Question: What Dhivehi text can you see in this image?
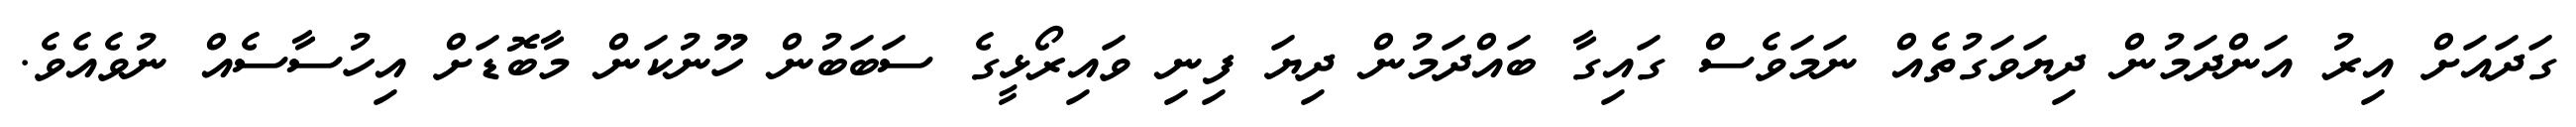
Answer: ގަދައަށް އިރު އަންދަމުން ދިޔަވަގުތެއް ނަމަވެސް ގައިގާ ބައްދަމުން ދިޔަ ފިނި ވައިރޯޅީގެ ސަބަބުން ހޫނުކަން މާބޮޑަށް އިހުސާސެއް ނުވެއެވެ.